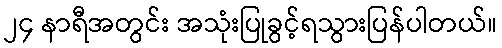
၂၄ နာရီအတွင်း အသုံးပြုခွင့်ရသွားပြန်ပါတယ်။